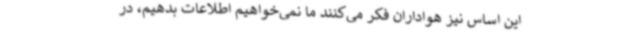
این اساس نیز هواداران فکر می‌کنند ما نمی‌خواهیم اطلاعات بدهیم، در